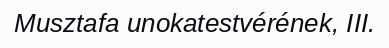
Musztafa unokatestvérének, III.